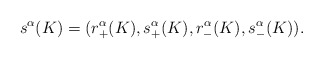
\begin{align*} s^\alpha(K) = (r^\alpha_+(K),s^\alpha_+(K),r^\alpha_-(K),s^\alpha_-(K)).\end{align*}